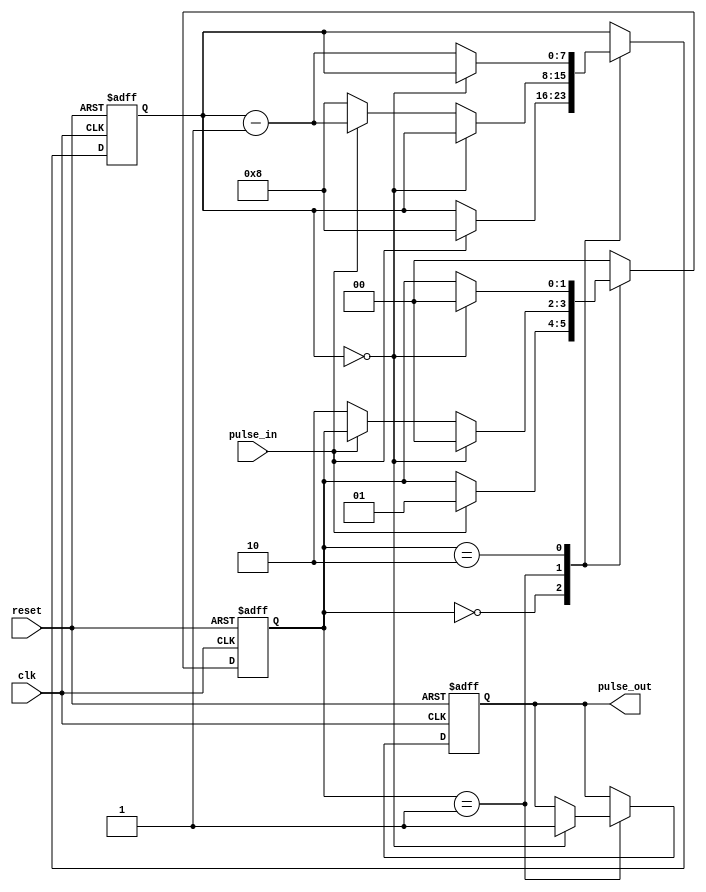
module PulseSynchronizer (
  input clk,
  input reset,
  input pulse_in,
  output reg pulse_out
);

reg [1:0] state;
reg [7:0] counter;

parameter IDLE = 2'b00;
parameter SYNC = 2'b01;
parameter ERROR = 2'b10;

always @(posedge clk or posedge reset) begin
  if (reset) begin
    state <= IDLE;
    counter <= 0;
    pulse_out <= 0;
  end else begin
    case (state)
      IDLE: begin
        if (pulse_in) begin
          state <= SYNC;
          counter <= 8;
        end
      end
      SYNC: begin
        if (counter == 0) begin
          pulse_out <= 1;
          state <= IDLE;
        end else if (!pulse_in) begin
          state <= ERROR;
          counter <= 8;
        end else begin
          counter <= counter - 1;
        end
      end
      ERROR: begin
        if (counter == 0) begin
          state <= IDLE;
        end else begin
          counter <= counter - 1;
        end
      end
      default: state <= IDLE;
    endcase
  end
end

endmodule